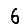
Digit: 6